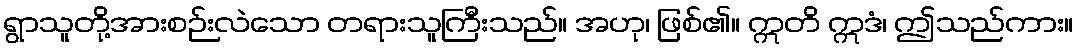
ရွာသူတို့အားစဉ်းလဲသော တရားသူကြီးသည်။ အဟု၊ ဖြစ်၏။ ဣတိ ဣဒံ၊ ဤသည်ကား။